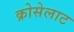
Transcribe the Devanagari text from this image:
क्रोसेलाट